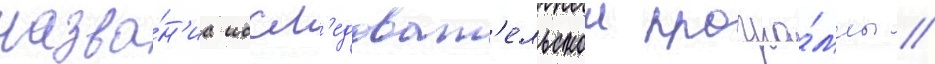
назва́н'иа иссл'едоват'ельскои програ́ммы //